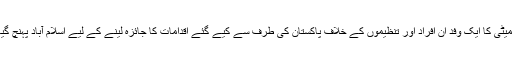
اقوام متحدہ کی سلامتی کونسل کی تعزیرات سے متعلق کمیٹی کا ایک وفد ان افراد اور تنظیموں کے خلاف پاکستان کی طرف سے کیے گئے اقدامات کا جائزہ لینے کے لیے اسلام آباد پہنچ گیا ہےجنہیں سلامتی کونسل دہشت گرد قرار دے چکی ہے۔